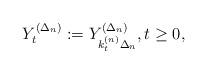
LaTeX: \begin{align*}Y_t^{(\Delta_n)} := Y_{k_t^{(n)}\Delta_n}^{(\Delta_n)},t\geq 0,\end{align*}